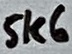
Text: 5K6